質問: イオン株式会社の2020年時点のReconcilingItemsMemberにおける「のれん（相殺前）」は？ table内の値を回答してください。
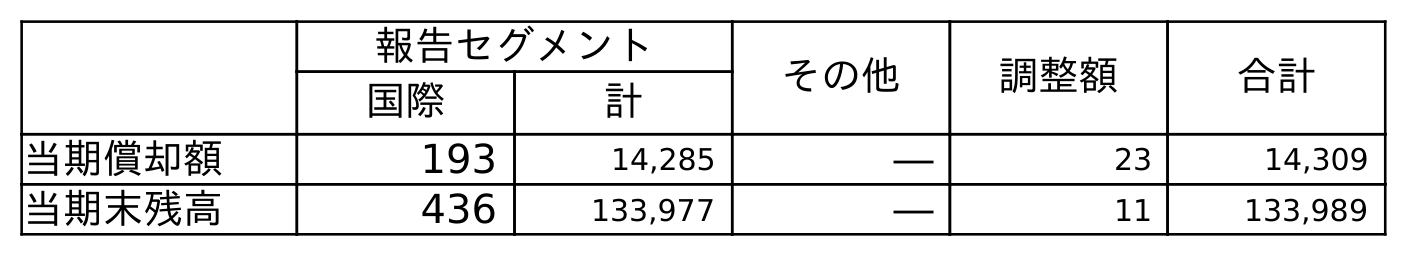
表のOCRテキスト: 報告セグメント その他 調整額 合計 国際 計 当期償却額 193 14,285 ― 23 14,309 当期末残高 436 133,977 ― 11 133,989
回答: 11